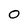
Character: 0